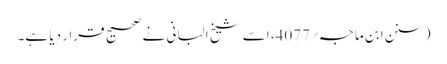
(سنن ابن ماجہ؍4077، اسے شیخ البانی نے صحیح قرار دیا ہے۔